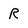
Character: R